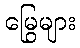
မြွေများ